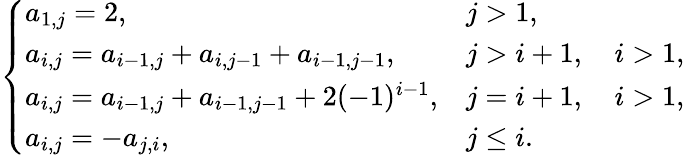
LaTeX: \left\{ \begin{array}{ll}{a_{1,j}=2,}&{j>1,}\\ {a_{i,j}=a_{i-1,j}+a_{i,j-1}+a_{i-1,j-1},}&{j>i+1,\quad i>1,}\\ {a_{i,j}=a_{i-1,j}+a_{i-1,j-1}+2(-1)^{i-1},}&{j=i+1,\quad i>1,}\\ {a_{i,j}=-a_{j,i},}&{j\leq i.}\end{array}\right.